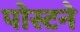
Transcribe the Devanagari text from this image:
पोस्टने